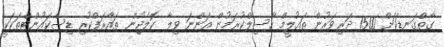
ގާތްގަނޑަކަށް 1500 ދަރިވަރުން ތައުލީމް ހާސިލްކުރަމުން އަންނަ ވިލާ ކޮލެޖުން ތައާރަފްކުރި ޑިސްކައުންޓްތަކަކީ